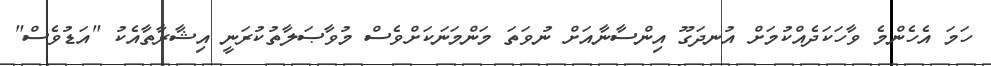
ހަމަ އެހެންމެ ވާހަކަދެއްކުމަށް އުނދަގޫ އިންސާނާއަށް ނުވަތަ މަންމަނަކަށްވެސް މުވާޞަލާތުކުރަނީ އިޝާރާތާއެކު "އަޑުވެސް"